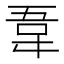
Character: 𫖌